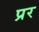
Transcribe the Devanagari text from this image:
प्रर